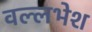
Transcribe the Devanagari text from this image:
वल्लभेश